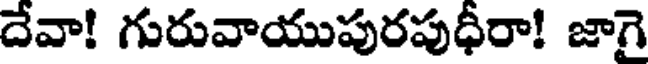
దేవా! గురువాయుపురపుధీరా! జాగై